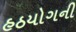
હઠયોગની